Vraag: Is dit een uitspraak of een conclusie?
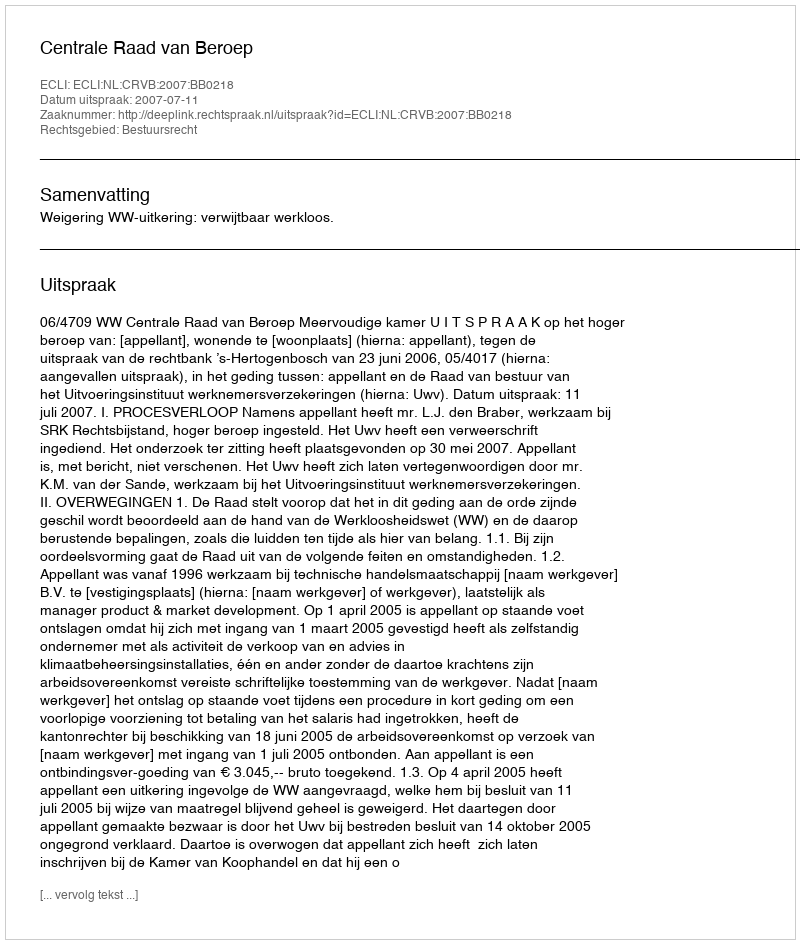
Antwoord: Uitspraak